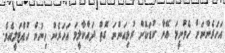
އަހަރެންނަށް ހެވުނީމަ އޭނާ ކުޑަކޮށް ރުޅިއަންނަ ގޮތް ދައްކާލީމަ އަހަރެން ހިނުން ހުއްޓަލީއެވެ.